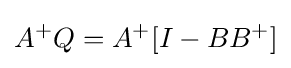
A^{+}Q=A^{+}[I-BB^{+}]